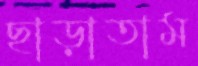
ছাড়াতাম